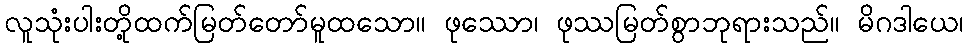
လူသုံးပါးတို့ထက်မြတ်တော်မူထသော။ ဖုဿော၊ ဖုဿမြတ်စွာဘုရားသည်။ မိဂဒါယေ၊